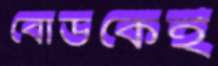
বোর্ডকেই